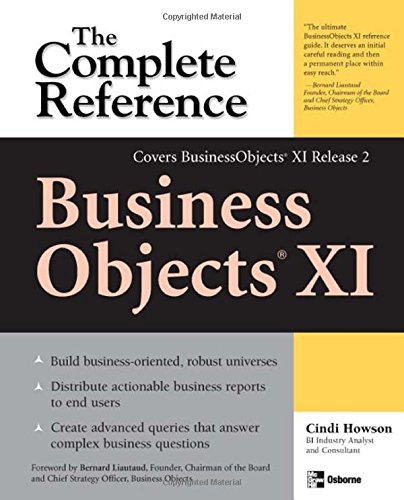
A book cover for BusinessObjects XI (Release 2): The Complete Reference; Cindi Howson; Computers & Technology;